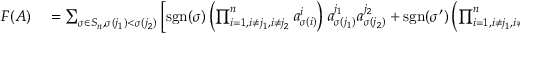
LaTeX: \begin{array} { r l } { F ( A ) } & { { } = \sum _ { \sigma \in S _ { n } , \sigma ( j _ { 1 } ) < \sigma ( j _ { 2 } ) } \left[ \operatorname { s g n } ( \sigma ) \left( \prod _ { i = 1 , i \neq j _ { 1 } , i \neq j _ { 2 } } ^ { n } a _ { \sigma ( i ) } ^ { i } \right) a _ { \sigma ( j _ { 1 } ) } ^ { j _ { 1 } } a _ { \sigma ( j _ { 2 } ) } ^ { j _ { 2 } } + \operatorname { s g n } ( \sigma ^ { \prime } ) \left( \prod _ { i = 1 , i \neq j _ { 1 } , i \neq j _ { 2 } } ^ { n } a _ { \sigma ^ { \prime } ( i ) } ^ { i } \right) a _ { \sigma ^ { \prime } ( j _ { 1 } ) } ^ { j _ { 1 } } a _ { \sigma ^ { \prime } ( j _ { 2 } ) } ^ { j _ { 2 } } \right] } \end{array}